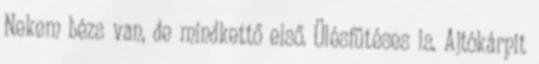
Nekem bézs van, de mindkettő első. Ülésfűtéses is. Ajtókárpit